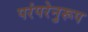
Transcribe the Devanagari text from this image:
परंपरेनुरूप